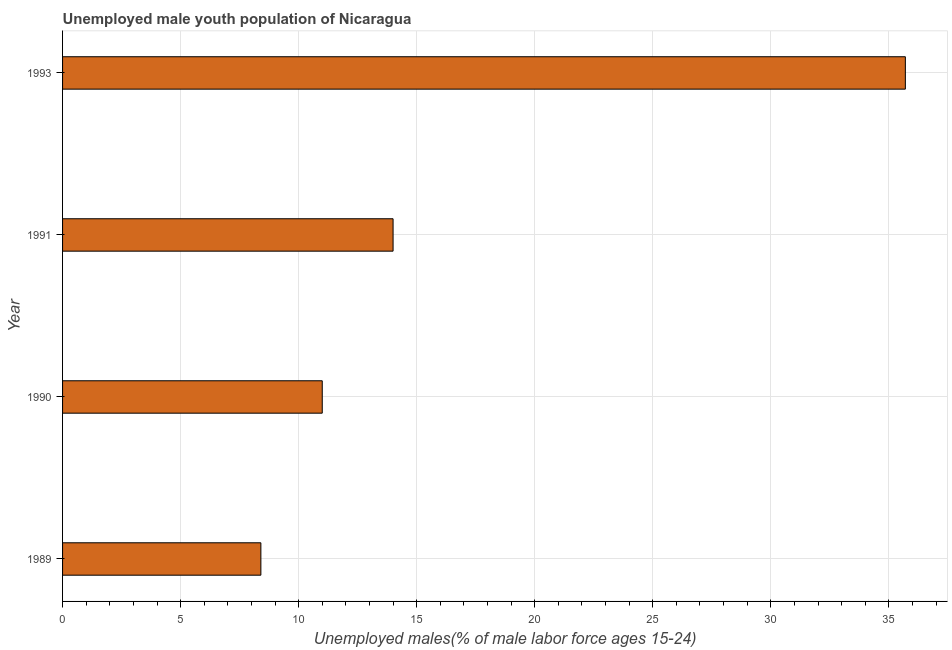
| Year | Unemployment youth male |
 | --- | --- |
 | 1989 | 8.4 |
 | 1990 | 11 |
 | 1991 | 14 |
 | 1993 | 35.7 |